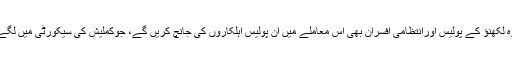
اس کےعلاوہ لکھنؤ کے پولیس اورانتظامی افسران بھی اس معاملے میں ان پولیس اہلکاروں کی جانچ کریں گے، جوکملیش کی سیکورٹی میں لگےہوئے تھے۔